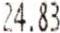
24.83